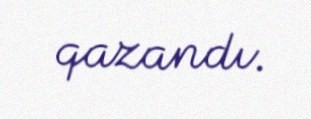
qazandı.